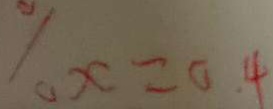
\% x = 0 . 4